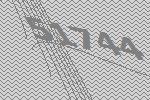
51744